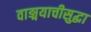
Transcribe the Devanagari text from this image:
वाङ्मयाचीसुद्धा